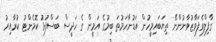
ގާފިލްވެފަވާޒުވާނުންނޭ ތިޔަބައިމީހުން އަޑުނާހަމުތަ ބިމުގެ އަމީން ގެ ހަދީސް ބަސްފުޅު ކޮމެންޓު ކުރާއިރު